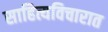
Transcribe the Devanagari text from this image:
साहित्यविचारात